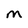
Character: M